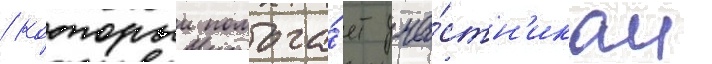
/ которыи помога́ет уча́стн'икам